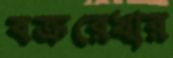
বক্ররেখার